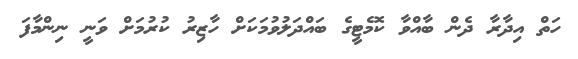
ހަތް އިދާރާ ދެން ބާއްވާ ކޮމެޓީގެ ބައްދަލުވުމަކަށް ހާޒިރު ކުރުމަށް ވަނީ ނިންމާފަ